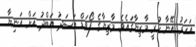
އަހަރު އޭނާ ހުރީ މާޒިޔާގައެވެ. މާޒިޔާގެ ފޯވަޑް އަސަދު އަބްދު އަށް އަނިޔާ